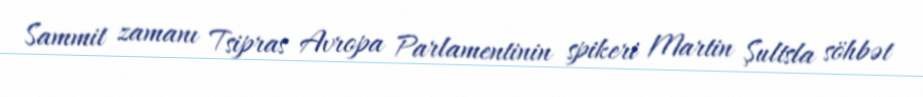
Sammit zamanı Tsipras Avropa Parlamentinin spikeri Martin Şultsla söhbət